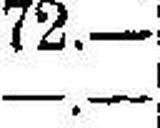
—.—